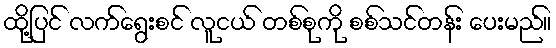
ထို့ပြင် လက်ရွေးစင် လူငယ် တစ်စုကို စစ်သင်တန်း ပေးမည်။